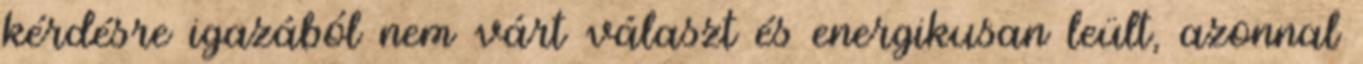
kérdésre igazából nem várt választ és energikusan leült, azonnal